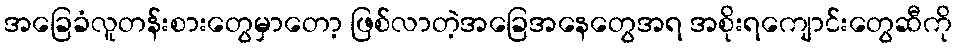
အခြေခံလူတန်းစားတွေမှာတော့ ဖြစ်လာတဲ့အခြေအနေတွေအရ အစိုးရကျောင်းတွေဆီကို